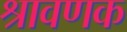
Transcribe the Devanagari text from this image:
श्रावणक